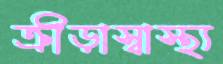
ক্রীড়াস্বাস্থ্য